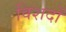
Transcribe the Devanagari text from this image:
विशदों